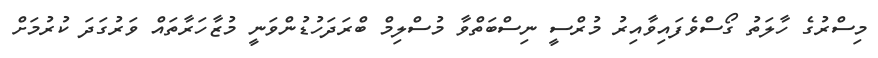
މިސްރުގެ ހާލަތު ގޯސްވެފައިވާއިރު މުރްސީ ނިސްބަތްވާ މުސްލިމް ބްރަދަހުޑުންވަނީ މުޒާހަރާތައް ވަރުގަދަ ކުރުމަށް